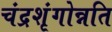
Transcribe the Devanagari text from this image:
चंद्रशृंगोन्नति